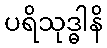
ပရိသုဒ္ဓါနိ